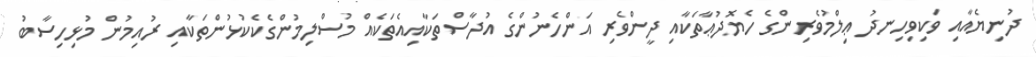
ދުނިޔެއާއި ވަކިވިހިނދު ޢިލްމުވެރިންގެ ހެޔޮދުޢާތަކާއި ދީންވެރި އަންހެނުންގެ އުދާސްތަކާއިއެތަކެއް މުސްލިމުންގެކެކުޅުންތަކާއި ރުއިމުން މުޅިހިސާބު